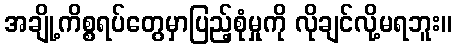
အချို့ကိစ္စရပ်တွေမှာပြည့်စုံမှုကို လိုချင်လို့မရဘူး။